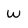
Character: W